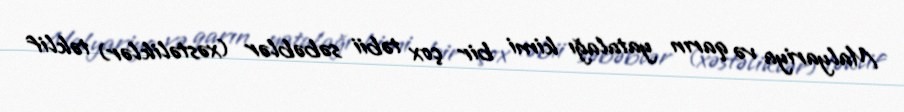
Malyariya və qarın yatalağı kimi bir çox təbii səbəblər (xəstəliklər) təklif